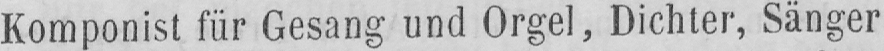
Komponist für Gesang und Orgel, Dichter, Sänger